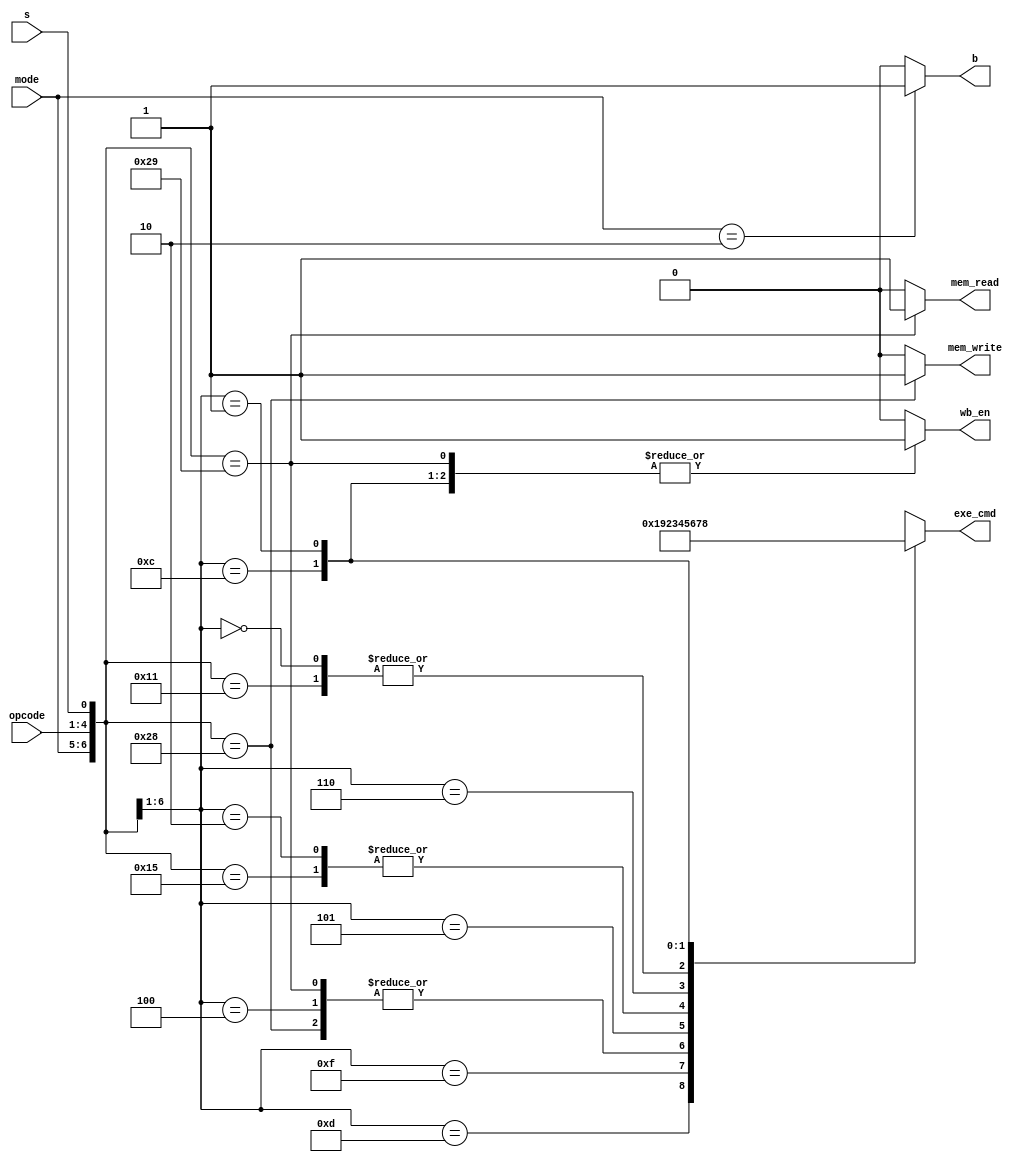
module Control_Unit(input[1:0] mode, input[3:0] opcode, input s, output reg mem_read, mem_write, wb_en, b, output reg [3:0] exe_cmd);

    always@(*) begin
        {mem_read, mem_write, b, wb_en} = 4'b0001;

        casez({mode, opcode, s})
            7'b01_0100_1: begin exe_cmd = 4'b0010; mem_read = 1'b1; end //LDR
            7'b01_0100_0: begin exe_cmd = 4'b0010; mem_write = 1'b1; wb_en= 1'b0; end //STR
            7'b00_1010_1: begin exe_cmd = 4'b0100; wb_en = 1'b0; end //compare
            7'b00_1000_1: begin exe_cmd = 4'b0110; wb_en = 1'b0; end //test
            7'b00_1101_?: begin exe_cmd = 4'b0001; end //move
            7'b00_1111_?: begin exe_cmd = 4'b1001; end //move not
            7'b00_0100_?: begin exe_cmd = 4'b0010; end //add
            7'b00_0101_?: begin exe_cmd = 4'b0011; end //add with carry
            7'b00_0010_?: begin exe_cmd = 4'b0100; end //sub
            7'b00_0110_?: begin exe_cmd = 4'b0101; end //sub with carry
            7'b00_0000_?: begin exe_cmd = 4'b0110; end //and
            7'b00_1100_?: begin exe_cmd = 4'b0111; end //or
            7'b00_0001_?: begin exe_cmd = 4'b1000; end //exclusive or
            7'b10_????_?: begin exe_cmd = 4'bx; b = 1'b1; wb_en= 1'b0; end //branch
            default: begin exe_cmd = 4'bx; wb_en = 1'b0; end
        endcase
    end
endmodule